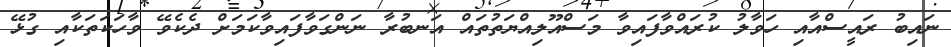
ނައިބު ރައީސްއާއި ހަވާލު ކުރައްވާފައިވާ މަސްއޫލިއްޔަތުތައް އަނބުރާ ނަންގަވާފައިވާކަމަށް ދެކެވޭ ވާހަކަތަކާއި ގުޅޭ